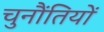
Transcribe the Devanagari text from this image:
चुनौंतियों